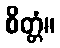
စိတ္တံ။